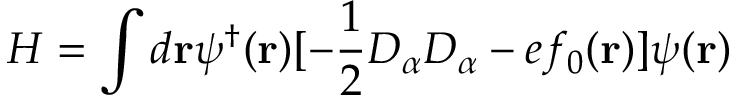
H = \int d { \bf r } \psi ^ { \dagger } ( { \bf r } ) [ - \frac { 1 } { 2 } D _ { \alpha } D _ { \alpha } - e f _ { 0 } ( { \bf r } ) ] \psi ( { \bf r } )